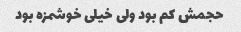
حجمش کم بود ولی خیلی خوشمزه بود